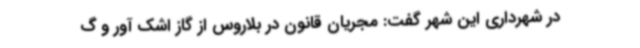
در شهرداری این شهر گفت: مجریان قانون در بلاروس از گاز اشک آور و گ